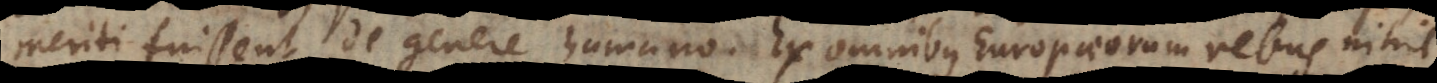
meriti fuissent de genere humano. Ex omnibus Europaeorum rebus nihil